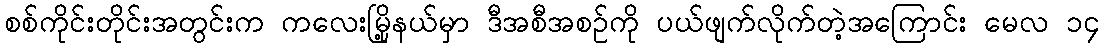
စစ်ကိုင်းတိုင်းအတွင်းက ကလေးမြို့နယ်မှာ ဒီအစီအစဉ်ကို ပယ်ဖျက်လိုက်တဲ့အကြောင်း မေလ ၁၄